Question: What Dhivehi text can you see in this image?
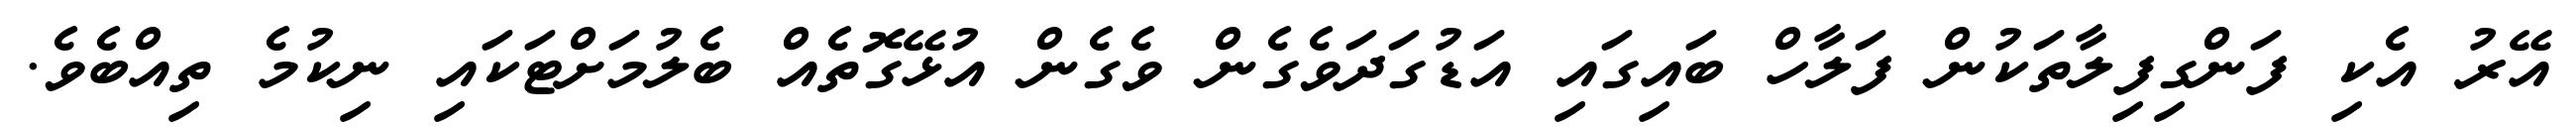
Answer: އޭރު އެކި ފަންގިފިލާތަކުން ފަލާހް ބައިގައި އަޑުގަދަވެގެން ވެގެން އުޅޭގޮތެއް ބެލުމަށްޓަކައި ނިކުމެ ތިއްބެވެ.